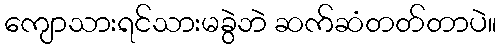
ကျောသားရင်သားမခွဲဘဲ ဆက်ဆံတတ်တာပဲ။